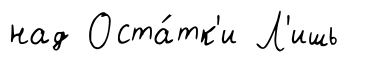
над Оста́тк'и Л'ишь